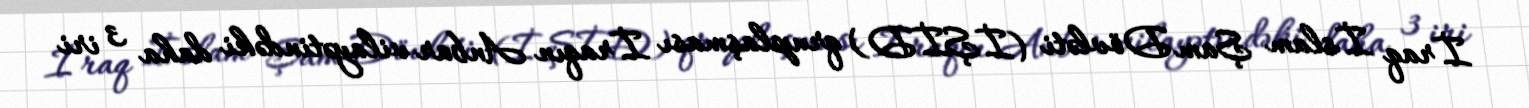
İraq İslam Şam Dövləti (İŞİD) qruplaşması İraqın Anbar vilayətindəki daha 3 iri